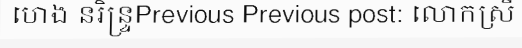
ហេង នរិន្ទ្រPrevious Previous post: លោកស្រី